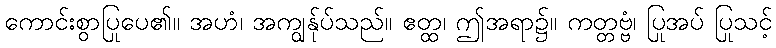
ကောင်းစွာပြုပေ၏။ အဟံ၊ အကျွန်ုပ်သည်။ ဧတ္ထ၊ ဤအရာ၌။ ကတ္တဗ္ဗံ၊ ပြုအပ် ပြုသင့်